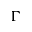
\Gamma